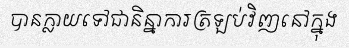
បានក្លាយទៅជានិន្នាការត្រឡប់វិញនៅក្នុង